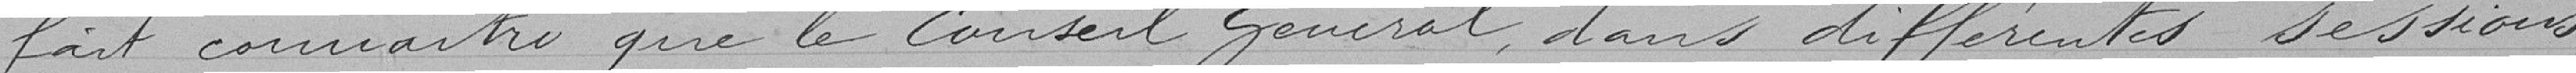
fait connaître que le Conseil Général, dans différentes sessions,